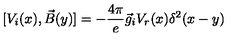
[ V _ { i } ( x ) , \vec { B } ( y ) ] = - { \frac { 4 \pi } { e } } \vec { g } _ { i } V _ { r } ( x ) \delta ^ { 2 } ( x - y )